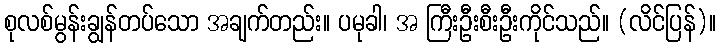
စုလစ်မွန်းချွန်တပ်သော အချက်တည်း။ ပမုခါ၊ အ ကြီးဦးစီးဦးကိုင်သည်။ (လိင်ပြန်)။